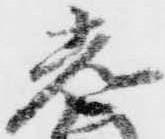
光